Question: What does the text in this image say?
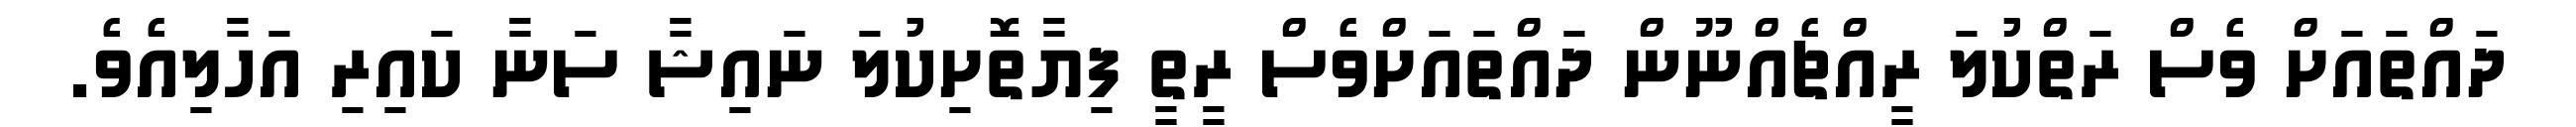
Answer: ދައްތައަށް ވެސް ރަތްކުލަ ރީއްޗެއްނޫން ދައްތައަށްވެސް ރީތީ ފިޔާތޮށިކުލަ ނައިޝާ ސަނާ ކައިރި އަހާލިއެވެ.